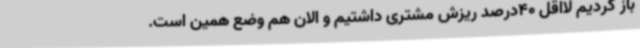
باز کردیم لااقل 40درصد ریزش مشتری داشتیم و الان هم وضع همین است.